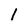
Character: I